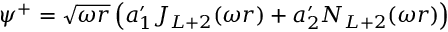
\psi ^ { + } = \sqrt { \omega r } \left( a _ { 1 } ^ { \prime } J _ { L + 2 } ( \omega r ) + a _ { 2 } ^ { \prime } N _ { L + 2 } ( \omega r ) \right)